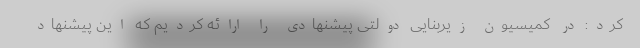
کرد: در کمیسیون زیربنایی دولتی پیشنهادی را ارائه کردیم که این پیشنهاد